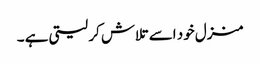
منزل خود اسے تلاش کر لیتی ہے ۔